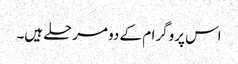
اس پروگرام کے دو مرحلے ہیں۔